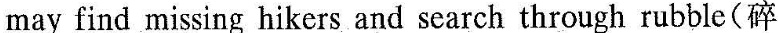
may find missing hikersand search through rubble(碎